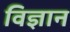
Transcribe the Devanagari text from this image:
विज्ञान